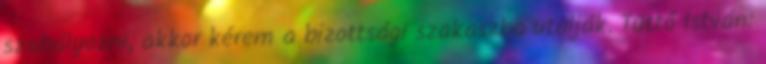
szabályozni, akkor kérem a bizottsági szakaszba utalják. Tüttő István: